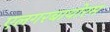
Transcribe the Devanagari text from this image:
एलगरबायोरम